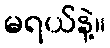
မရယ်နဲ့။